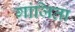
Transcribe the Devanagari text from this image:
गांजिता